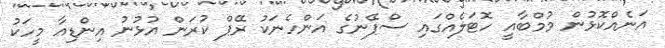
އަނެއްކޮޅުން މުމްބާއީ ހޮޓަލެއްގައި ސްޕޭނުގެ އަންހެނަކު ރޭޕް ކުރަން އުޅުނު އިންޑިއާ މީހަކު